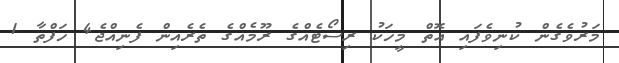
މަރުވެގެން ކުނިވެފައި އޮތް މީހަކު ރިސޯޓެއްގެ ރޫމެއްގެ ތެރެއިން ފެނިއްޖެ4 ހަފްތާ 1